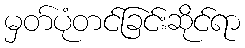
မှတ်ပုံတင်ခြင်းဆိုင်ရာ